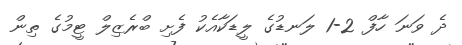
ދެ ވަނަ ހާފް 2-1 ލަނޑުގެ ލީޑަކާއެކު ފެށި ބްރެޒިލް ޓީމުގެ ތިން